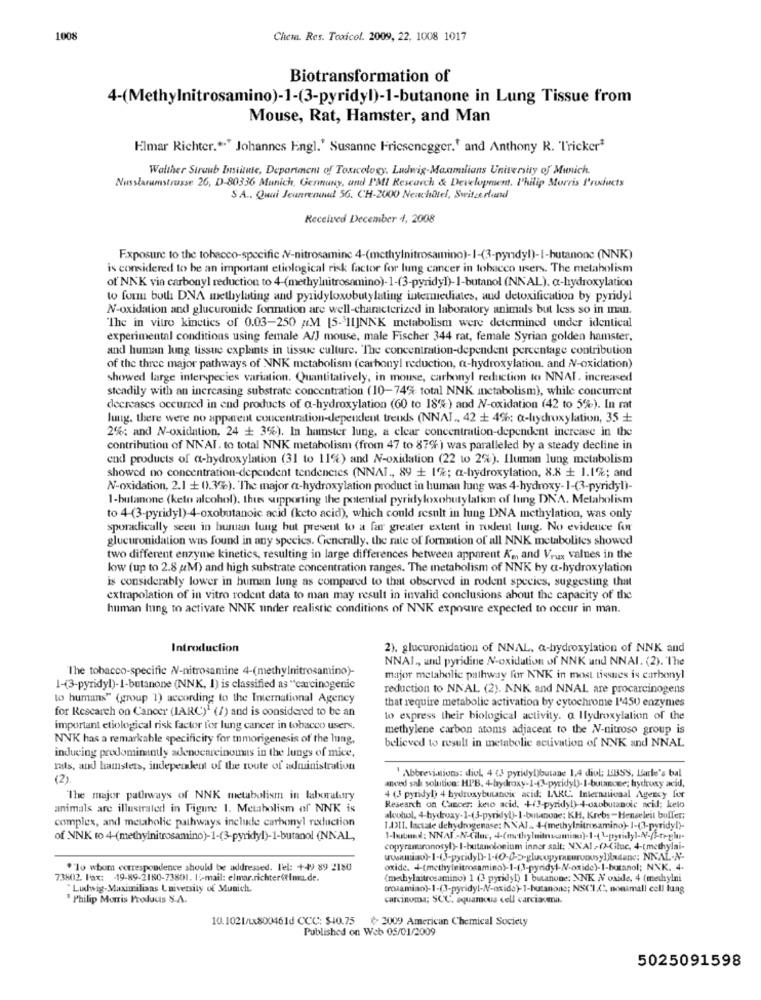
100%
Chem. Res. Toxicof. 2009, 22, 1008 1017
Biotransformation of
4-(Methylnitrosamino)-1-(3-pyridyl)-1-butanone in Lung Tissue from
Mouse, Rat, Hamster, and Man
Elmar Richter .** Johannes Engl.' Susanne Friesenegger.' and Anthony R. 'Tricker?
Walther Siraub Institute, Department of Toxicology, Ludwig-Maxmilians University of Munich.
Nusslarumstrasse 26, D-80336 Munich, Germany, and PMI Research & Development. Philip Morris Products
S A .. Quai Jeanremundd 56. CH-2000 Newhôtel, Switzerland
Received December 4, 2008
Exposure to the tobacco-specific /V-nitrosaminc 4-(methylnitrosamino)-1-(3-pyridyl)-I-butanone (NNK)
is considered to be an important etiological risk factor for lung cancer in tobacco users. The metabolism
of' NNK via carbonyl reduction to 4-(methylnitrosamino)- 1-(3-pyridy])-1-butanol (NNAL). a-hydroxylation
to form both: DNA methylating and pyridyloxobutylating intermediates, and detoxification by pyridyl
N-oxidation and glucuronide formation are well-characterized in laboratory animals but less so in man.
'The in vitro kinetics of 0.03-250 M [5-11]NNK metabolism were determined under identical
experimental conditions using female A/J mouse, male Fischer 344 rat, female Syrian golden hamster.
and human lung tissue explants in tissue culture. The concentration-dependent percentage contribution
of the three major pathways of NNK metabolism (carbonyl reduction, a-hydroxylation. and NV-oxidation)
showed large interspecies variation. Quantitatively, in mouse, carbonyl reduction to NNAI. increased
steadily with an increasing substrate concentration (10-74% total NNK metabolism), while concurrent
decreases occurred in end products of a-hydroxylation (60 to 18%) and N-oxidation (42 to 5%). In rat
lung, there were no apparent concentration-dependent trends (NNAT ., 42 + 4%; a-hydroxylation, 35 +
2%: and N-oxidation, 24 + 3%). In hamster lung, a clear concentration-dependent increase in the
contribution of NN'AI. to total NNK metabolism (from 47 to 87%) was paralleled by a steady decline in
end products of a-hydroxylation (31 to 11%) and N-oxidation (22 to 2%). Iluman lung metabolism
showed no concentration-dependent tendencies (NNAL ., 89 + 1%; a-hydroxylation, 8.8 + 1.1%; and
N-oxidation, 2.1 + 0.3%). The major a-hydroxylation product in human lung was 4-hydroxy- 1-(3-pyridyt)-
1-bulamone (keto alcohol). thus supporting the potential pyridyloxobutylation of lung DNA. Metabolism
to 4-(3-pyridyl)-4-oxobutanoic acid (keto acid), which could result in lung DNA methylation, was only
sporadically seeu in busuan lung but present to a far greater extent in rodeut lung. No evidence for
glucuronidation was found in any species. Generally. the rate of formation of all NNK metabolites showed
two different enzyme kinetics, resulting in large differences between apparent K'm, and Veux values in the
low (up to 2.8 M) and high substrate concentration ranges. The metabolism of NNK by a-hydroxylation
is considerably lower in human lung as compared to that observed in rodent species, suggesting that
extrapolation of in vitro rodent data to man may result in invalid conclusions about the capacity of the
human lung to activate NNK under realistic conditions of NNK expoare expected to occur in man.
Introduction
2), glucuronidation of NNAL, @-hydroxylation of NNK and
NNAI ., and pyridine N-oxidation of NNK and NNAI. (2). The
The tobacco-specific N-nitrosamine 4-(methylnitrosamino)-
major metabolic pathway for NNK in most tissues is carbonyl
1-(3-pyridyl)-1-butanone (NNK, 1) is classified as "carcinogenic
reduction to NNAL (2). NNK and NNAL are procarcinogens
to humans" (group 1) according to the International Agency
that require metabolic activation by cytochrome I'450 enzymes
for Research on Cancer (IARC)1 (/) and is considered to be an
to express their biological activity. @ Hydroxylation of the
important etiological risk factor for lung cancer in tobacco users.
methylene carbon atoms adjacent to the N-nitroso group is
NNK has a remarkable specificity for tumorigenesis of the lung,
believed to result in metabolic activation of NNK and NNAL
inducing predominantly adenocarcinomas in the lungs of mice,
mats, and hamsters, independent of the route of administration
(2).
Abbreviations: diol, 4 (J pyridyl)butane 1,4 diol; LBSS, Larle's bal
anced sak solution: HPB. 4-hydroxy-1-(3-pyridyl)- I-butanone; hydroxy acid,
The major pathways of NNK metabolism in laboratury
4 (3 pyridyl) 4 hydroxybutanoic acid: IAKC. Internaticaal Agency for
animals are illustrated in Figure 1. Metabolism of NNK is
Research on Cancer: kev acid, +(3-pyridy!)-4-caobutanoic acil; kelo
complex, and metabolic pathways include carbonyl reduction
alcohol, 4-hydroxy-1-(3-pyridyl)-I-butanone: KH, Krebs-Henseleit buffer;
1.4311. lactate dehydrogenase: KNAJ .. 4-(methylnitrosamino)- 1-(3-pyridyl)-
of NNK to 4-(methylnitrosamino)-1-(3-pyridyl)-1-butanol (NNAL,
1-suend; NNAI-N-(iluc, +(methyluitnomina)-1-( -pyridy ----
copyramaronosyl)-I-butanolonium inner salt: NXAI -(-Cile, 4-tmethylai-
"'To whom correspondence should be addressed. l'el: +49 89 2180
73602. Fax: - 19-89-2180-73801. 15-mail: elmar.richter@tima.de.
(mehylaitrosamino) 1 (3 pyridy!) I butanone: NNK N oxide, 4 (methylni
`Ludwig-Maximilians University of Munich.
cosamiao)-1-(3-pyridyl-NV-oxide)-1-hutanone; NSCLC", nonamall cell lung
" Philip Morris Products S.A.
carcinoma; SCC, squamous cell carciaomat.
10.1021/1800461d CCC: $40.75 ₺> 3009 American Chemical Society
Published on Web 05/01/2009
5025091598